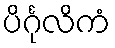
ပိင်္ဂုလိကံ